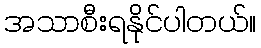
အသာစီးရနိုင်ပါတယ်။